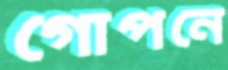
গোপনে